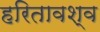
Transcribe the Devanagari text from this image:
हरितावश्व